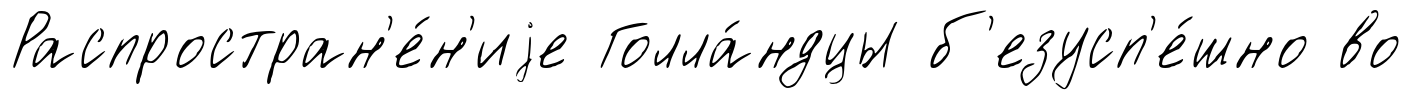
Распростран'е́н'иjе Голла́ндцы б'езусп'е́шно во